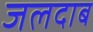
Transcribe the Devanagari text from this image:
जलदाब